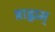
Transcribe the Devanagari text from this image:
ब्राह्मम्